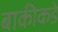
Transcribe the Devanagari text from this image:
बाकीकडे